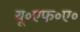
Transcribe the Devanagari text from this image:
यू॰एफ॰ए॰